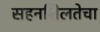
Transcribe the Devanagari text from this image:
सहनशिलतेचा